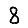
Digit: 8